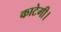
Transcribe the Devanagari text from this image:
काटेगी।